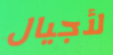
لأجيال